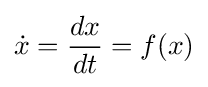
{\dot {x}}={\frac {dx}{dt}}=f(x)